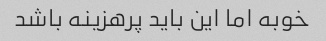
خوبه اما این باید پرهزینه باشد